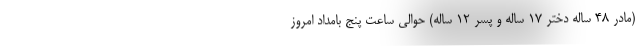
(مادر ۴۸ ساله دختر ۱۷ ساله و پسر ۱۲ ساله) حوالی ساعت پنج بامداد امروز